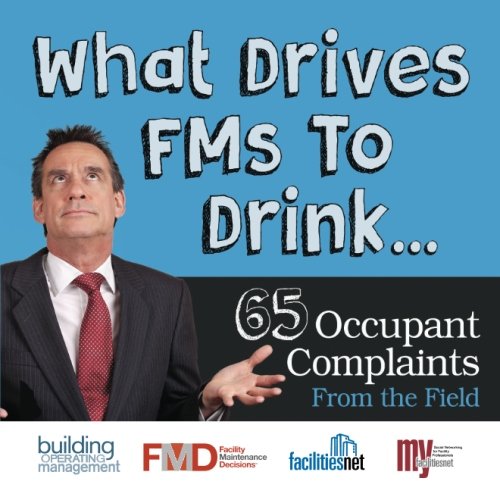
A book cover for What Drives FMs To Drink... 65 Occupant Complaints From the Field; editor, Naomi Millan; Business & Money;